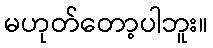
မဟုတ်တော့ပါဘူး။